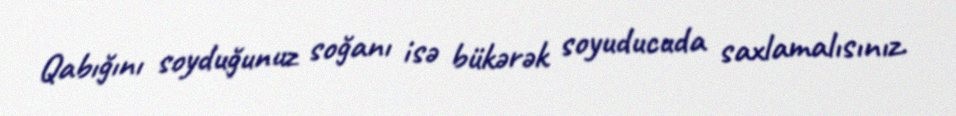
Qabığını soyduğunuz soğanı isə bükərək soyuducuda saxlamalısınız.